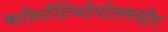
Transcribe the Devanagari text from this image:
काँस्टँटिनोपोलमधील